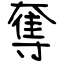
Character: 奪